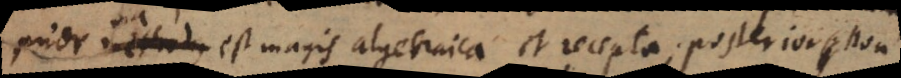
prior via est magis algebraica et recepta; posterior non